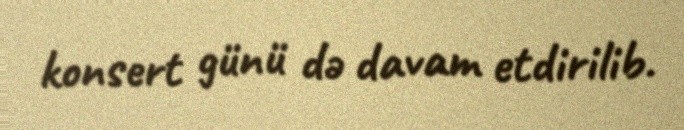
konsert günü də davam etdirilib.